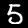
Digit: 5